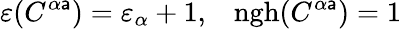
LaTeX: \varepsilon(C^{\alpha\mathsf{a}})=\varepsilon_{\alpha}+1,\; \; \; \mathrm{{ngh}}(C^{\alpha\mathsf{a}})=1